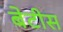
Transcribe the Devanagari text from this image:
बेटीस